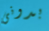
بدونى